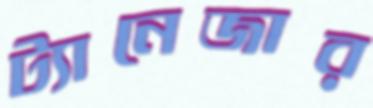
ট্যানেজার